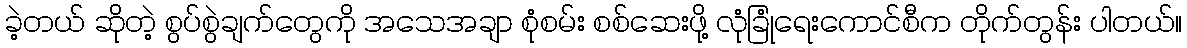
ခဲ့တယ် ဆိုတဲ့ စွပ်စွဲချက်တွေကို အသေအချာ စုံစမ်း စစ်ဆေးဖို့ လုံခြုံရေးကောင်စီက တိုက်တွန်း ပါတယ်။